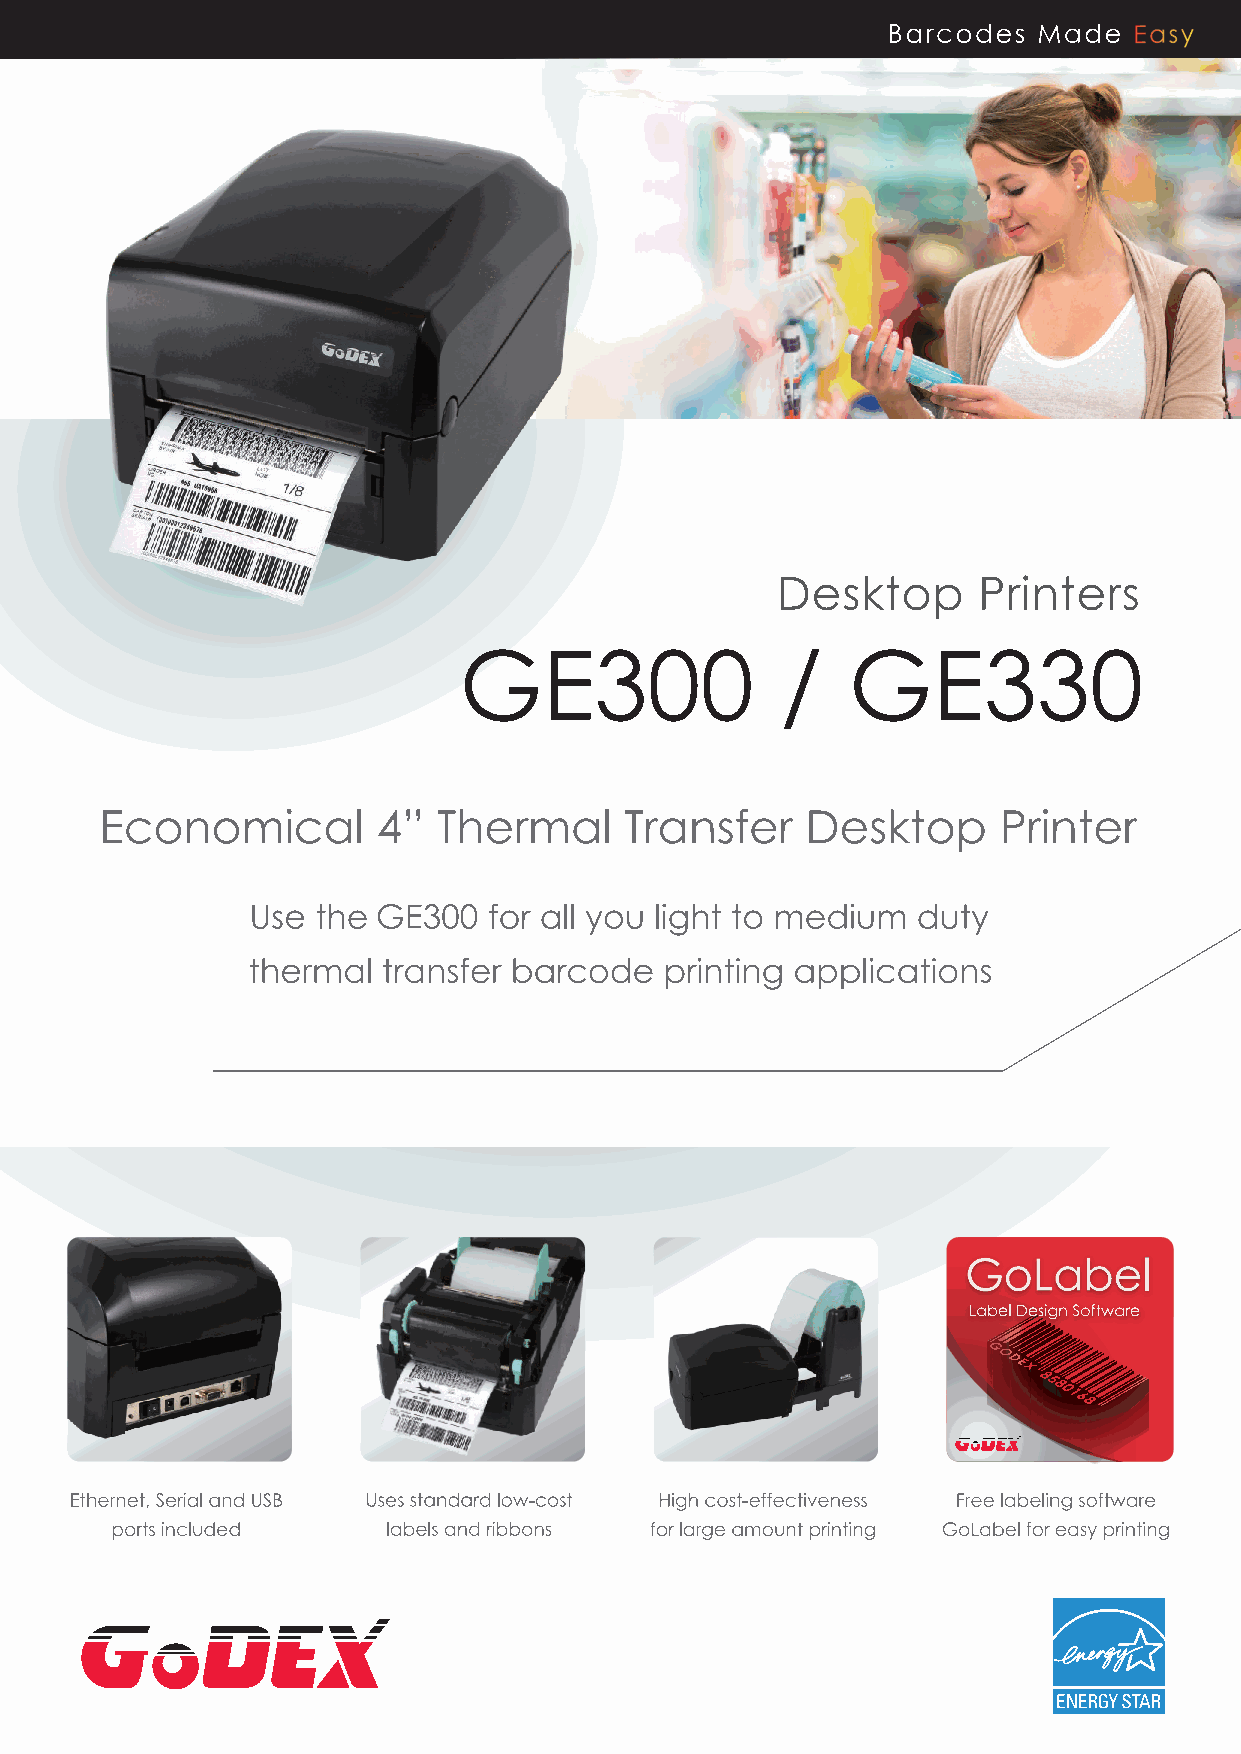
GE300                 /   GE330